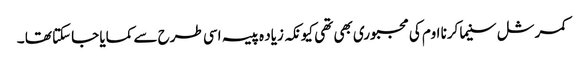
کمرشل سنیما کرنا اوم کی مجبوری بھی تھی کیونکہ زیاد ہ پیسہ اسی طرح سے کمایا جاسکتا تھا ۔